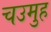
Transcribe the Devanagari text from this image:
चउमुह